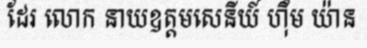
ដែរ លោក នាយឧត្តមសេនីយ៍ ហ៊ឹម យ៉ាន